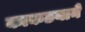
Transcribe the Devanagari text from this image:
काकडयाने